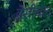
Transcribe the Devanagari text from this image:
डेसीबल